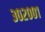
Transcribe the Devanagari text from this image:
३०२००१